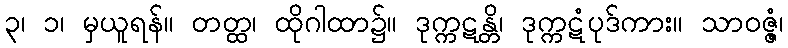
၃၊ ၁၊ မှယူရန်။ တတ္ထ၊ ထိုဂါထာ၌။ ဒုက္ကဋန္တိ၊ ဒုက္ကဋံပုဒ်ကား။ သာဝဇ္ဇံ၊